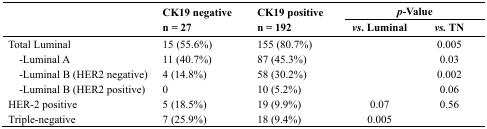
| <ROWSPAN=2>  | CK19 negative | CK19 positive | <COLSPAN=2> p-Value |
 | n = 27 | n = 192 | vs. Luminal | vs. TN |
 | --- | --- | --- | --- | --- |
 | Total Luminal | 15 (55.6%) | 155 (80.7%) |  | 0.005 |
 | -Luminal A | 11 (40.7%) | 87 (45.3%) |  | 0.03 |
 | -Luminal B (HER2 negative) | 4 (14.8%) | 58 (30.2%) |  | 0.002 |
 | -Luminal B (HER2 positive) | 0 | 10 (5.2%) |  | 0.06 |
 | HER-2 positive | 5 (18.5%) | 19 (9.9%) | 0.07 | 0.56 |
 | Triple-negative | 7 (25.9%) | 18 (9.4%) | 0.005 |  |